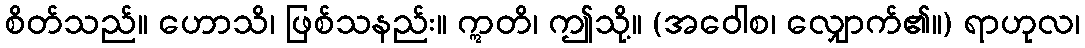
စိတ်သည်။ ဟောသိ၊ ဖြစ်သနည်း။ ဣတိ၊ ဤသို့။ (အဝေါစ၊ လျှောက်၏။) ရာဟုလ၊